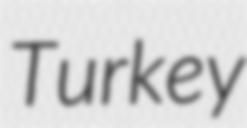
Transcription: Turkey